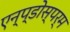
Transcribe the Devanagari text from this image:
एन्प्डोस्पर्म